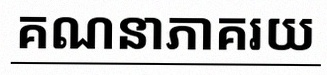
គណនាភាគរយ